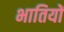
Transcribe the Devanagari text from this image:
भातियों